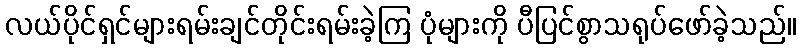
လယ်ပိုင်ရှင်များရမ်းချင်တိုင်းရမ်းခဲ့ကြ ပုံများကို ပီပြင်စွာသရုပ်ဖော်ခဲ့သည်။